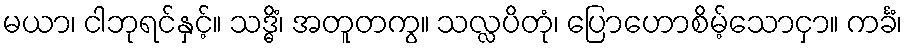
မယာ၊ ငါဘုရင်နှင့်။ သဒ္ဓိံ၊ အတူတကွ။ သလ္လပိတုံ၊ ပြောဟောစိမ့်သောငှာ။ ကင်္ခံ၊